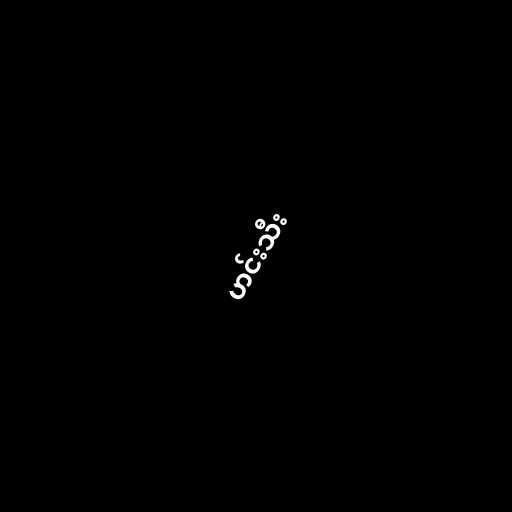
ဟင်းသီး